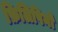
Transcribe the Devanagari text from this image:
फ़िलिपिनो